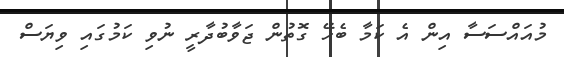
މުއައްސަސާ އިން އެ ކަމާ ބެހޭ ގޮތުން ޖަވާބުދާރީ ނުވި ކަމުގައި ވިޔަސް